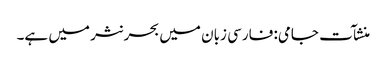
منشآت جامی: فارسی زبان میں بحر نثر میں ہے۔